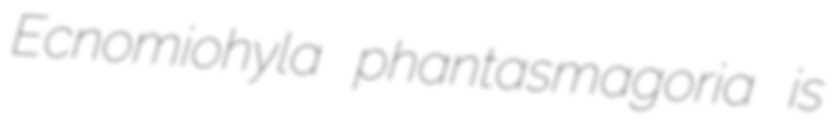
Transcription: Ecnomiohyla phantasmagoria is